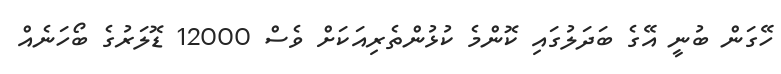
ހޭގަން ބުނީ އޭގެ ބަދަލުގައި ކޮންމެ ކުޅުންތެރިއަކަށް ވެސް 12000 ޑޮލަރުގެ ބޯހަނެއް